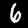
Label: 6